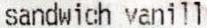
SANDWICH VANILL